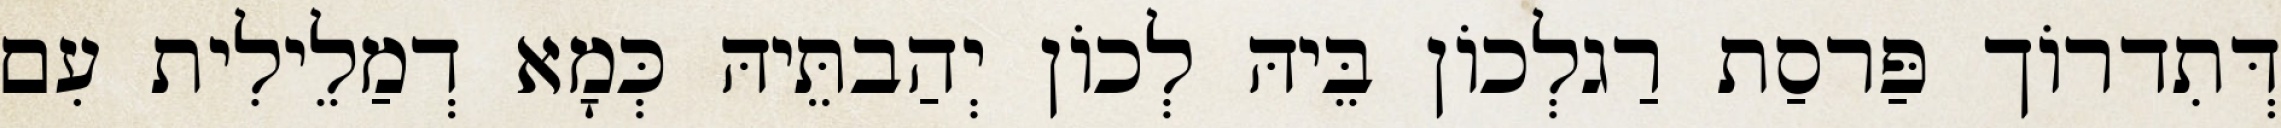
דְּתִדרוֹך פַּרסַת רַגלְכוֹן בֵּיהּ לְכוֹן יְהַבתֵּיהּ כְּמָא דְמַלֵילִית עִם